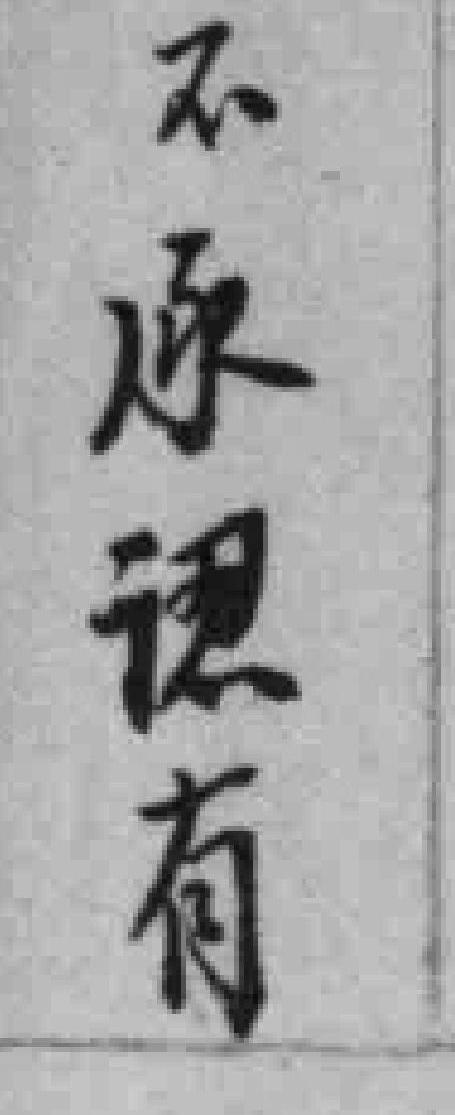
不承認有